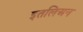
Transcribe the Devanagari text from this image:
इतलिअन